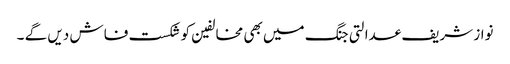
نواز شریف عدالتی جنگ میں بھی مخالفین کو شکست فاش دیں گے ۔